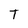
Character: T